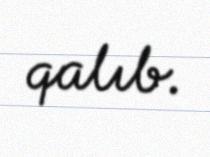
qalıb.